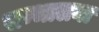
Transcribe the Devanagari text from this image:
सम्भालना